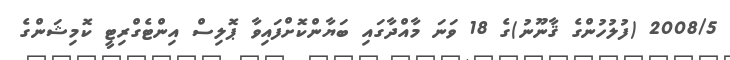
2008/5 (ފުލުހުންގެ ޤާނޫނު)ގެ 18 ވަނަ މާއްދާގައި ބަޔާންކޮށްފައިވާ ޕޮލިސް އިންޓެގްރިޓީ ކޮމިޝަންގެ